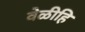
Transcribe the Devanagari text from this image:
वेळीहि